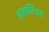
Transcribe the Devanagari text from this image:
आर्कीटेक्ट